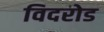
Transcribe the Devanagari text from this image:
विदरोड